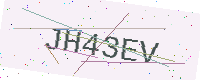
Text: JH43EV